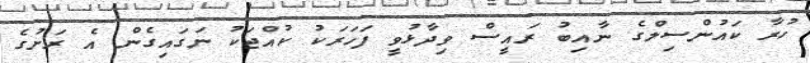
ހުރާ ކައުންސިލްގެ ނާއިބު ރައީސް ވިދާޅުވީ ފަހަރަކު ކުއްޖަކު ނަގައިގެން އެ ރަށުގެ